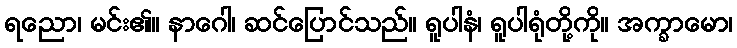
ရညော၊ မင်း၏။ နာဂေါ၊ ဆင်ပြောင်သည်။ ရူပါနံ၊ ရူပါရုံတို့ကို။ အက္ခာမော၊